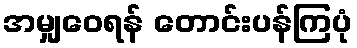
အမျှဝေရန် တောင်းပန်ကြပုံ